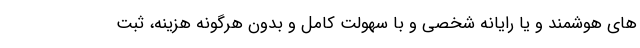
های هوشمند و یا رایانه شخصی و با سهولت کامل و بدون هرگونه هزینه، ثبت